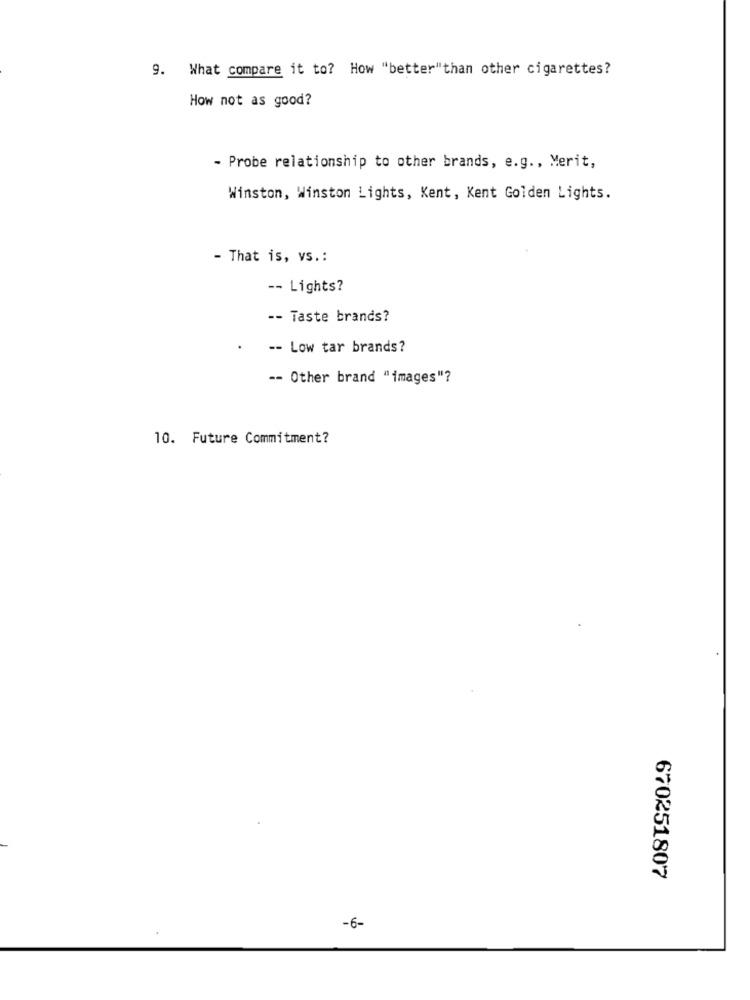
9. What compare it to? How "better"than other cigarettes?
How not as good?
- Probe relationship to other brands, e.g ., Merit,
Winston, Winston Lights, Kent, Kent Golden Lights.
- That is, vs .:
-- Lights?
-- Taste brands?
-- Low tar brands?
-- Other brand "images"?
10. Future Commitment?
670251807
-6-